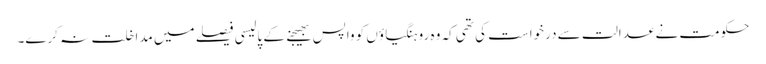
حکومت نے عدالت سے درخواست کی تھی کہ وہ روہنگیاؤں کو واپس بھیجنے کے پالیسی فیصلے میں مداخلت نہ کرے۔